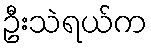
ဦးသဲရယ်က